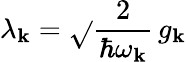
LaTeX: \lambda_{\mathbf{k}}=\sqrt{}{{\frac{{2}}{{\hbar\omega_{\mathbf{k}}}}}}\, g_{\mathbf{k}}